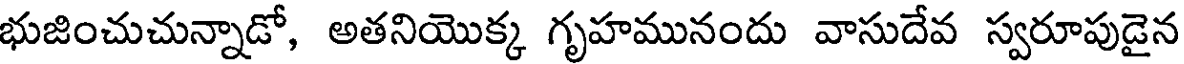
భుజించుచున్నాడో, అతనియొక్క గృహమునందు వాసుదేవ స్వరూపుడైన